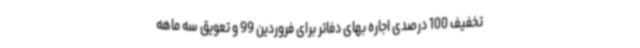
تخفیف 100 درصدی اجاره بهای دفاتر برای فروردین 99 و تعویق سه ماهه